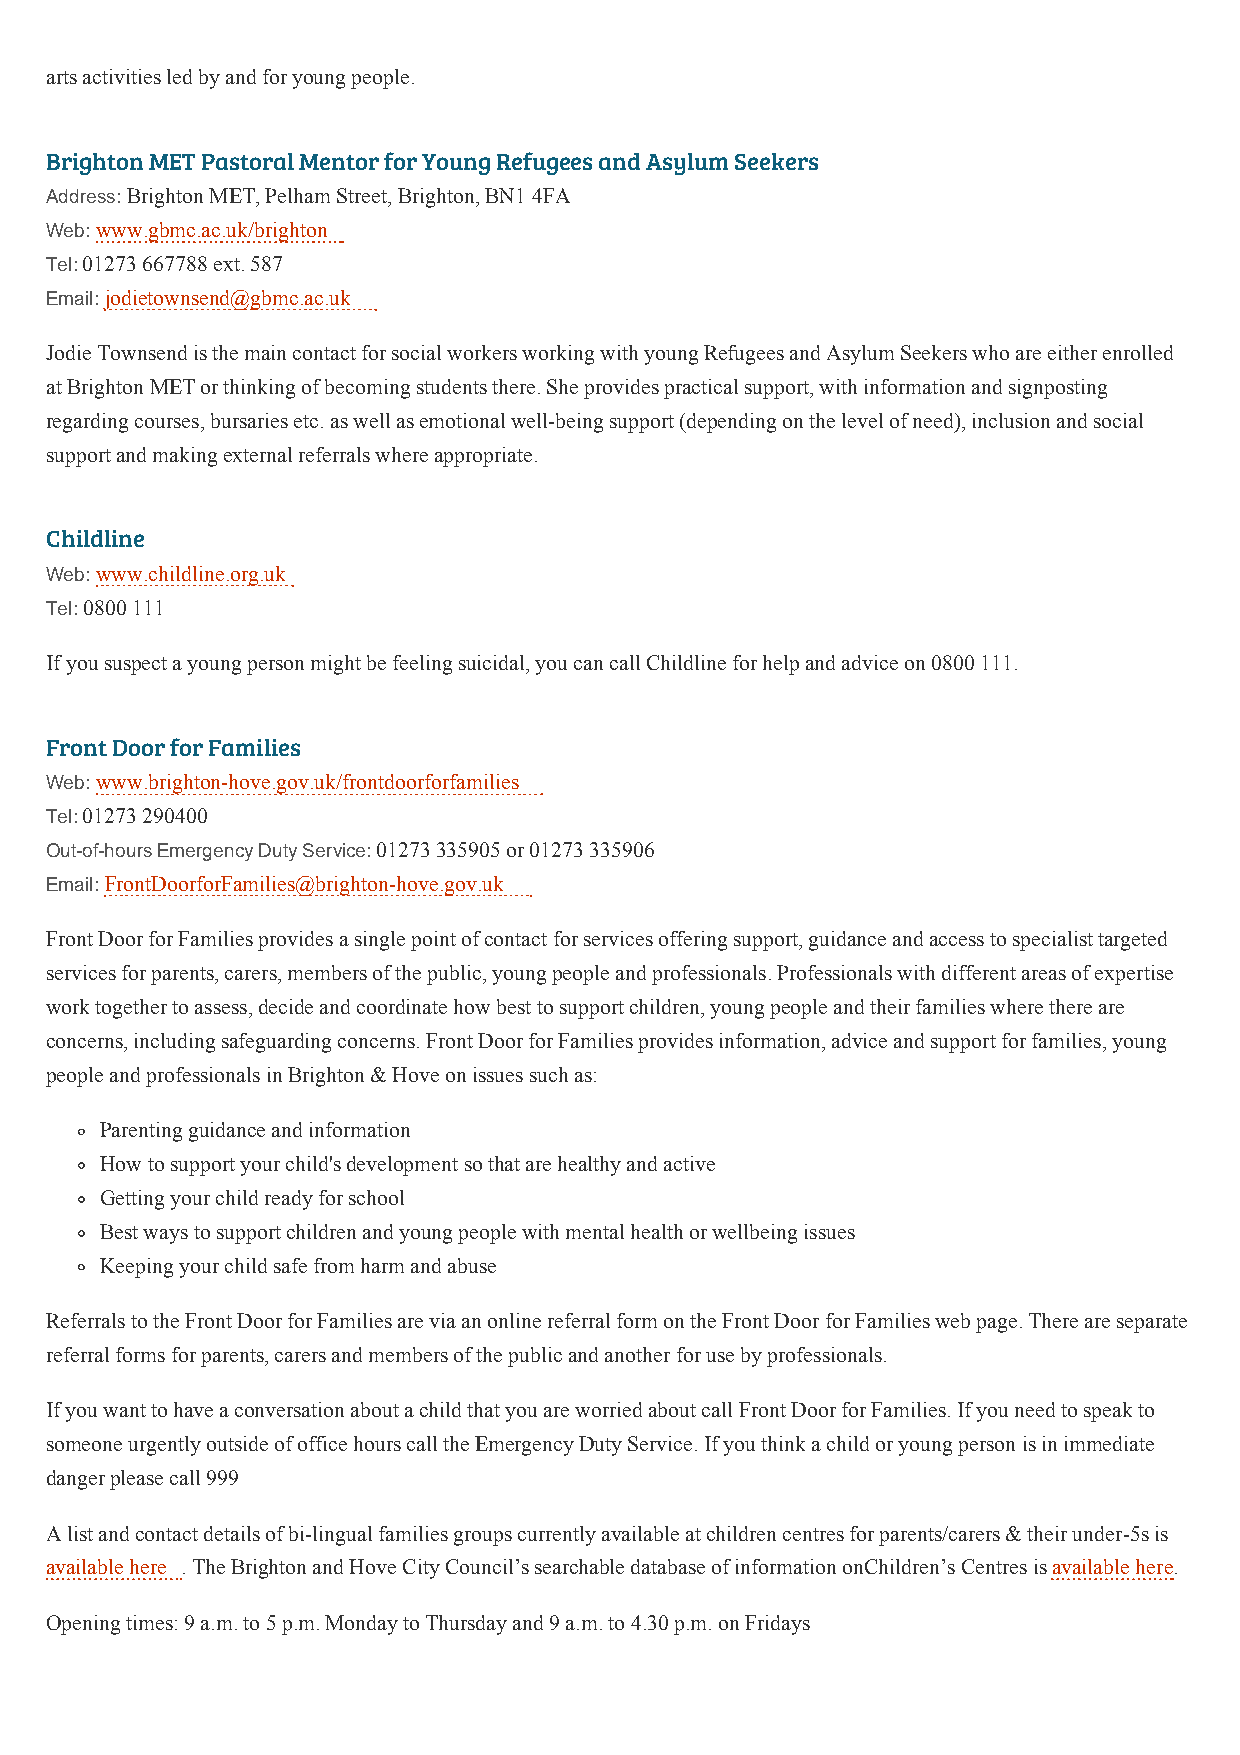
arts activities led by and for young people.
 Brighton MET Pastoral Mentor for Young Refugees and Asylum Seekers
 Address: Brighton MET, Pelham Street, Brighton, BN1 4FA
 Web: www.gbmc.ac.uk/brighton
 Tel: 01273 667788 ext. 587
 Email: jodietownsend@gbmc.ac.uk
 Jodie Townsend is the main contact for social workers working with young Refugees and Asylum Seekers who are either enrolled
 at Brighton MET or thinking of becoming students there. She provides practical support, with information and signposting
 regarding courses, bursaries etc. as well as emotional well-being support (depending on the level of need), inclusion and social
 support and making external referrals where appropriate.
 Childline
 Web: www.childline.org.uk
 Tel: 0800 111
 If you suspect a young person might be feeling suicidal, you can call Childline for help and advice on 0800 111.
 Front Door for Families
 Web: www.brighton-hove.gov.uk/frontdoorforfamilies
 Tel: 01273 290400
 Out-of-hours Emergency Duty Service: 01273 335905 or 01273 335906
 Email: FrontDoorforFamilies@brighton-hove.gov.uk
 Front Door for Families provides a single point of contact for services offering support, guidance and access to specialist targeted
 services for parents, carers, members of the public, young people and professionals. Professionals with different areas of expertise
 work together to assess, decide and coordinate how best to support children, young people and their families where there are
 concerns, including safeguarding concerns. Front Door for Families provides information, advice and support for families, young
 people and professionals in Brighton & Hove on issues such as:
 Parenting guidance and information
 How to support your child's development so that are healthy and active
 Getting your child ready for school
 Best ways to support children and young people with mental health or wellbeing issues
 Keeping your child safe from harm and abuse
 Referrals to the Front Door for Families are via an online referral form on the Front Door for Families web page. There are separate
 referral forms for parents, carers and members of the public and another for use by professionals.
 If you want to have a conversation about a child that you are worried about call Front Door for Families. If you need to speak to
 someone urgently outside of office hours call the Emergency Duty Service. If you think a child or young person is in immediate
 danger please call 999
 A list and contact details of bi-lingual families groups currently available at children centres for parents/carers & their under-5s is
 available here . The Brighton and Hove City Council’s searchable database of information onChildren’s Centres is available here.
 Opening times: 9 a.m. to 5 p.m. Monday to Thursday and 9 a.m. to 4.30 p.m. on Fridays